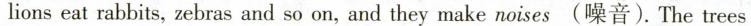
lions eat rabbits, zebras and so on, and they make noises(噪音).The trees